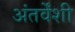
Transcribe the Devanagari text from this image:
अंतर्वेंशी